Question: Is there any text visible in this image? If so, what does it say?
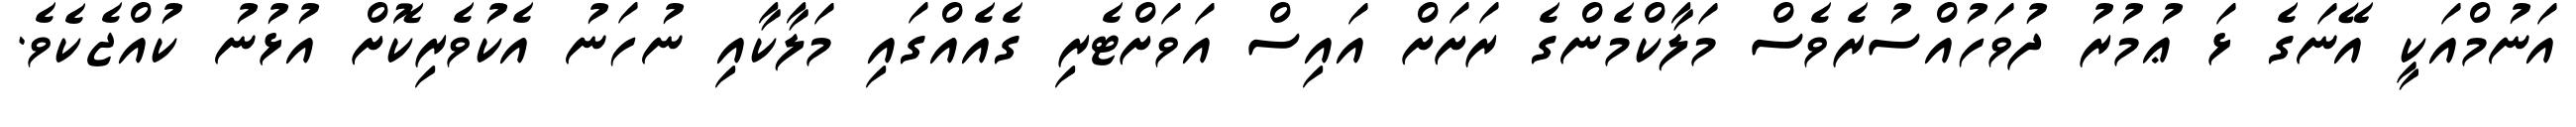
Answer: އަނުމްއަކީ އޭނަގެ ޅަ ޢުމުރު ދުވަހުއްސުރެވެސް މަލާކްމެންގެ ރަށަށް އައިސް އަވަށްޓެރި ގެއެއްގައި މަލާކާއި ނުހަނު އެކުވެރިކޮށް އުޅުނު ކުއްޖެކެވެ.